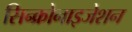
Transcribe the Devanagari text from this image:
सिन्क्रोनाइजेशन